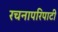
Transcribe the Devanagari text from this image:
रचनापरिपाटी